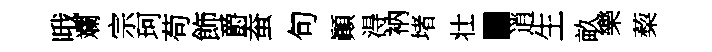
哦斕宗珂苟飾爵蚕句顚淂衲堵壮·逍生畝樂蔾